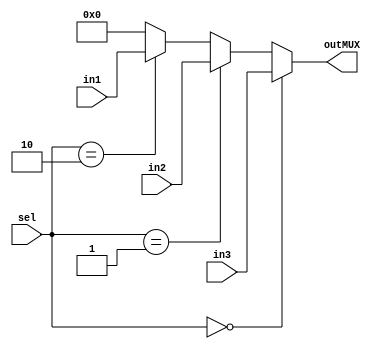
module Mux3to1 #(parameter N = 32)(in1, in2, in3, sel, outMUX);
    input	[N-1:0] in1, in2, in3;
    input 	[1:0]		sel; 
    output	[N-1:0] outMUX;

    assign outMUX = (sel == 3'b000) ? in3 :
                    (sel == 3'b001) ? in2 :
                    (sel == 3'b010) ? in1 :
                    {(N){1'b0}};
endmodule